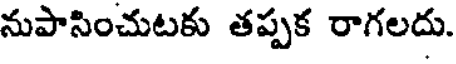
నుపాసించుటకు తప్పక రాగలదు.